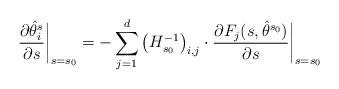
LaTeX: \begin{align*} \frac{ \partial \hat{\theta}_i^{s} }{\partial s} \bigg|_{s=s_0} = - \sum_{j=1}^d \big( H_{s_0}^{-1} \big)_{i,j} \cdot\frac{ \partial F_j(s,\hat{\theta}^{s_0}) }{\partial s} \bigg|_{s = s_0 } \end{align*}